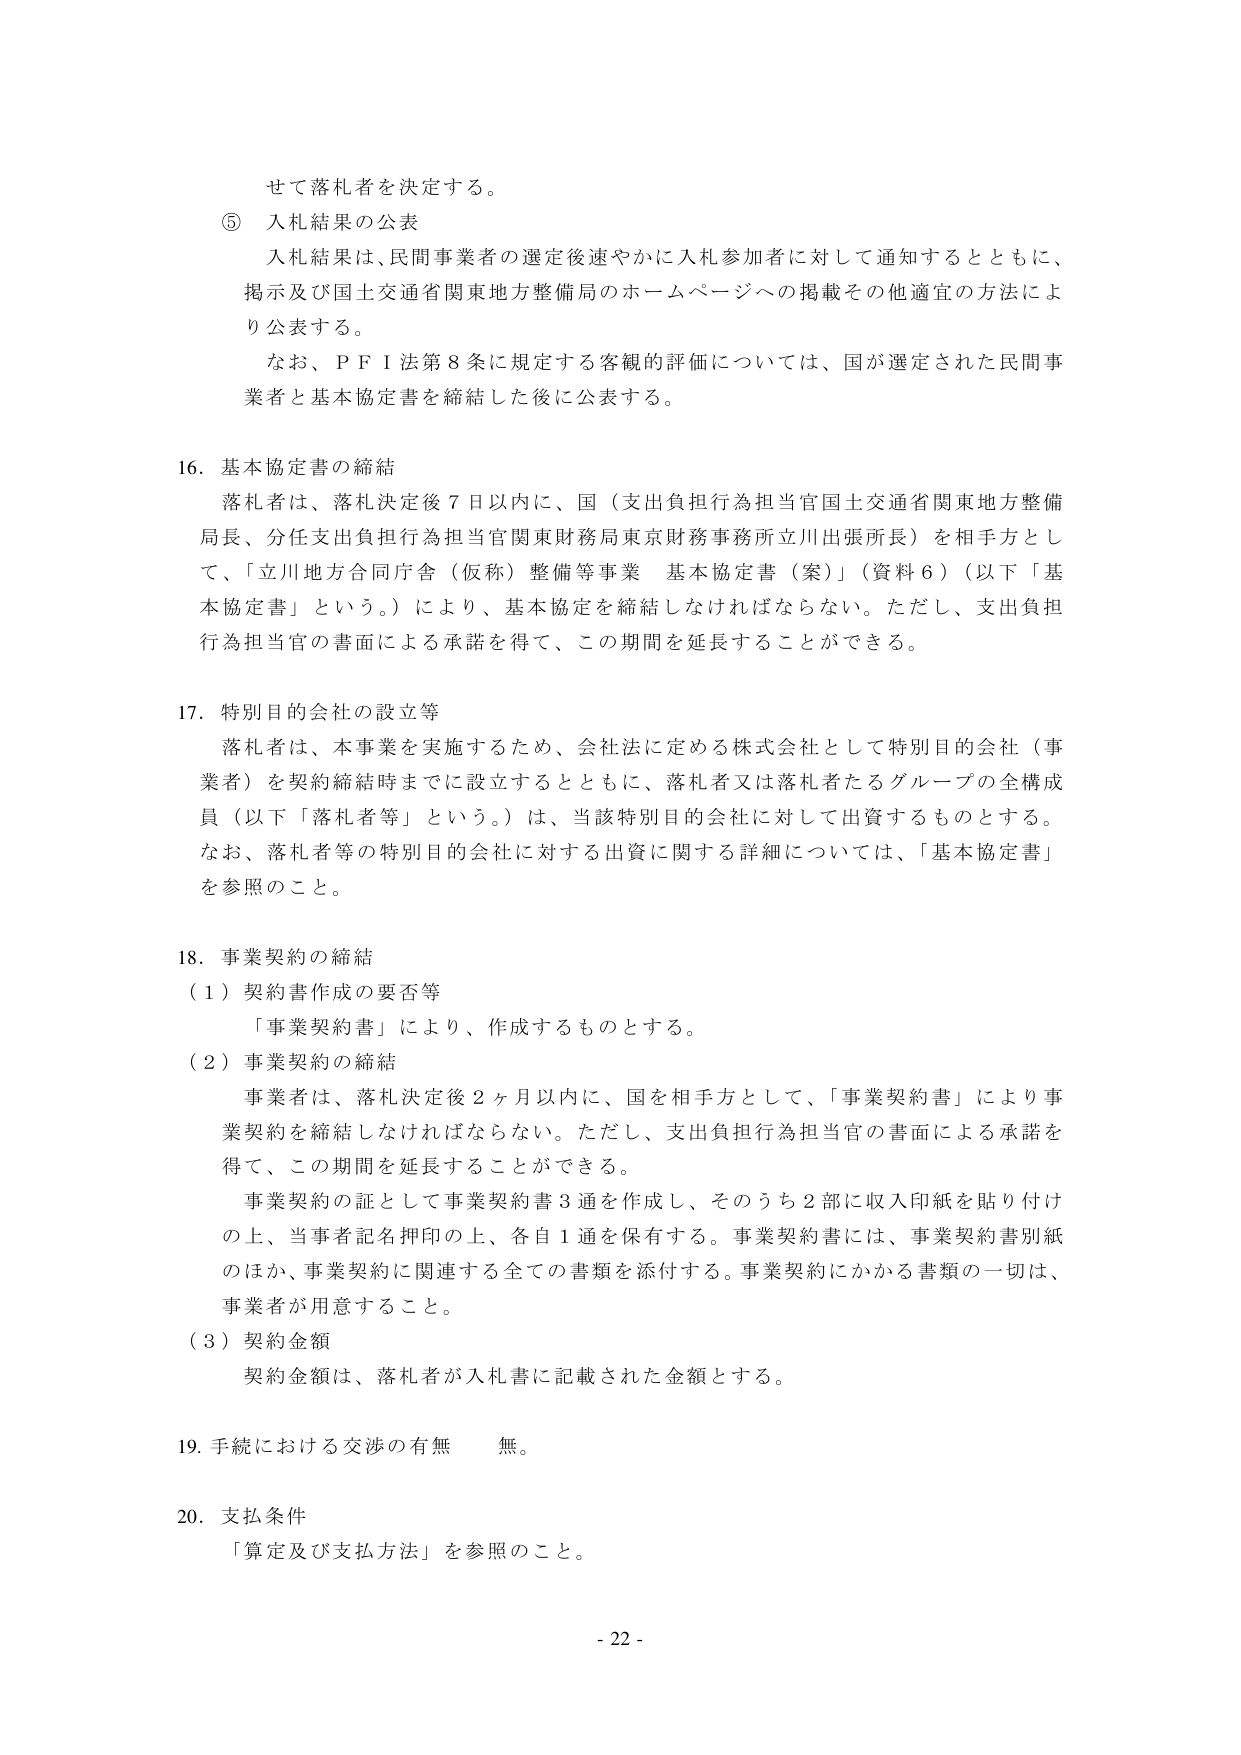
せて落札者を決定する。

⑤ 入札結果の公表
入札結果は、民間事業者の選定後速やかに入札参加者に対して通知するとともに、
掲示及び国土交通省関東地方整備局のホームページへの掲載その他適宜の方法により公表する。
なお、ＰＦＩ法第８条に規定する客観的評価については、国が選定された民間事業者と基本協定書を締結した後に公表する。

16. 基本協定書の締結
落札者は、落札決定後７日以内に、国（支出負担行為担当官国土交通省関東地方整備局長、分任支出負担行為担当官関東財務局東京財務事務所立川出張所長）を相手方として、「立川地方合同庁舎（仮称）整備等事業 基本協定書（案）」（資料６）（以下「基本協定書」という。）により、基本協定を締結しなければならない。ただし、支出負担行為担当官の書面による承諾を得て、この期間を延長することができる。

17. 特別目的会社の設立等
落札者は、本事業を実施するため、会社法に定める株式会社として特別目的会社（事業者）を契約締結時までに設立するとともに、落札者又は落札者たるグループの全構成員（以下「落札者等」という。）は、当該特別目的会社に対して出資するものとする。
なお、落札者等の特別目的会社に対する出資に関する詳細については、「基本協定書」を参照のこと。

18. 事業契約の締結
（１）契約書作成の要否等
「事業契約書」により、作成するものとする。

（２）事業契約の締結
事業者は、落札決定後２ヶ月以内に、国を相手方として、「事業契約書」により事業契約を締結しなければならない。ただし、支出負担行為担当官の書面による承諾を得て、この期間を延長することができる。
事業契約の証として事業契約書３通を作成し、そのうち２部に収入印紙を貼り付けの上、当事者記名押印の上、各自１通を保有する。事業契約書には、事業契約書別紙のほか、事業契約に関連する全ての書類を添付する。事業契約にかかる書類の一切は、事業者が用意すること。

（３）契約金額
契約金額は、落札者が入札書に記載された金額とする。

19. 手続における交渉の有無　無。

20. 支払条件
「算定及び支払方法」を参照のこと。

- 22 -